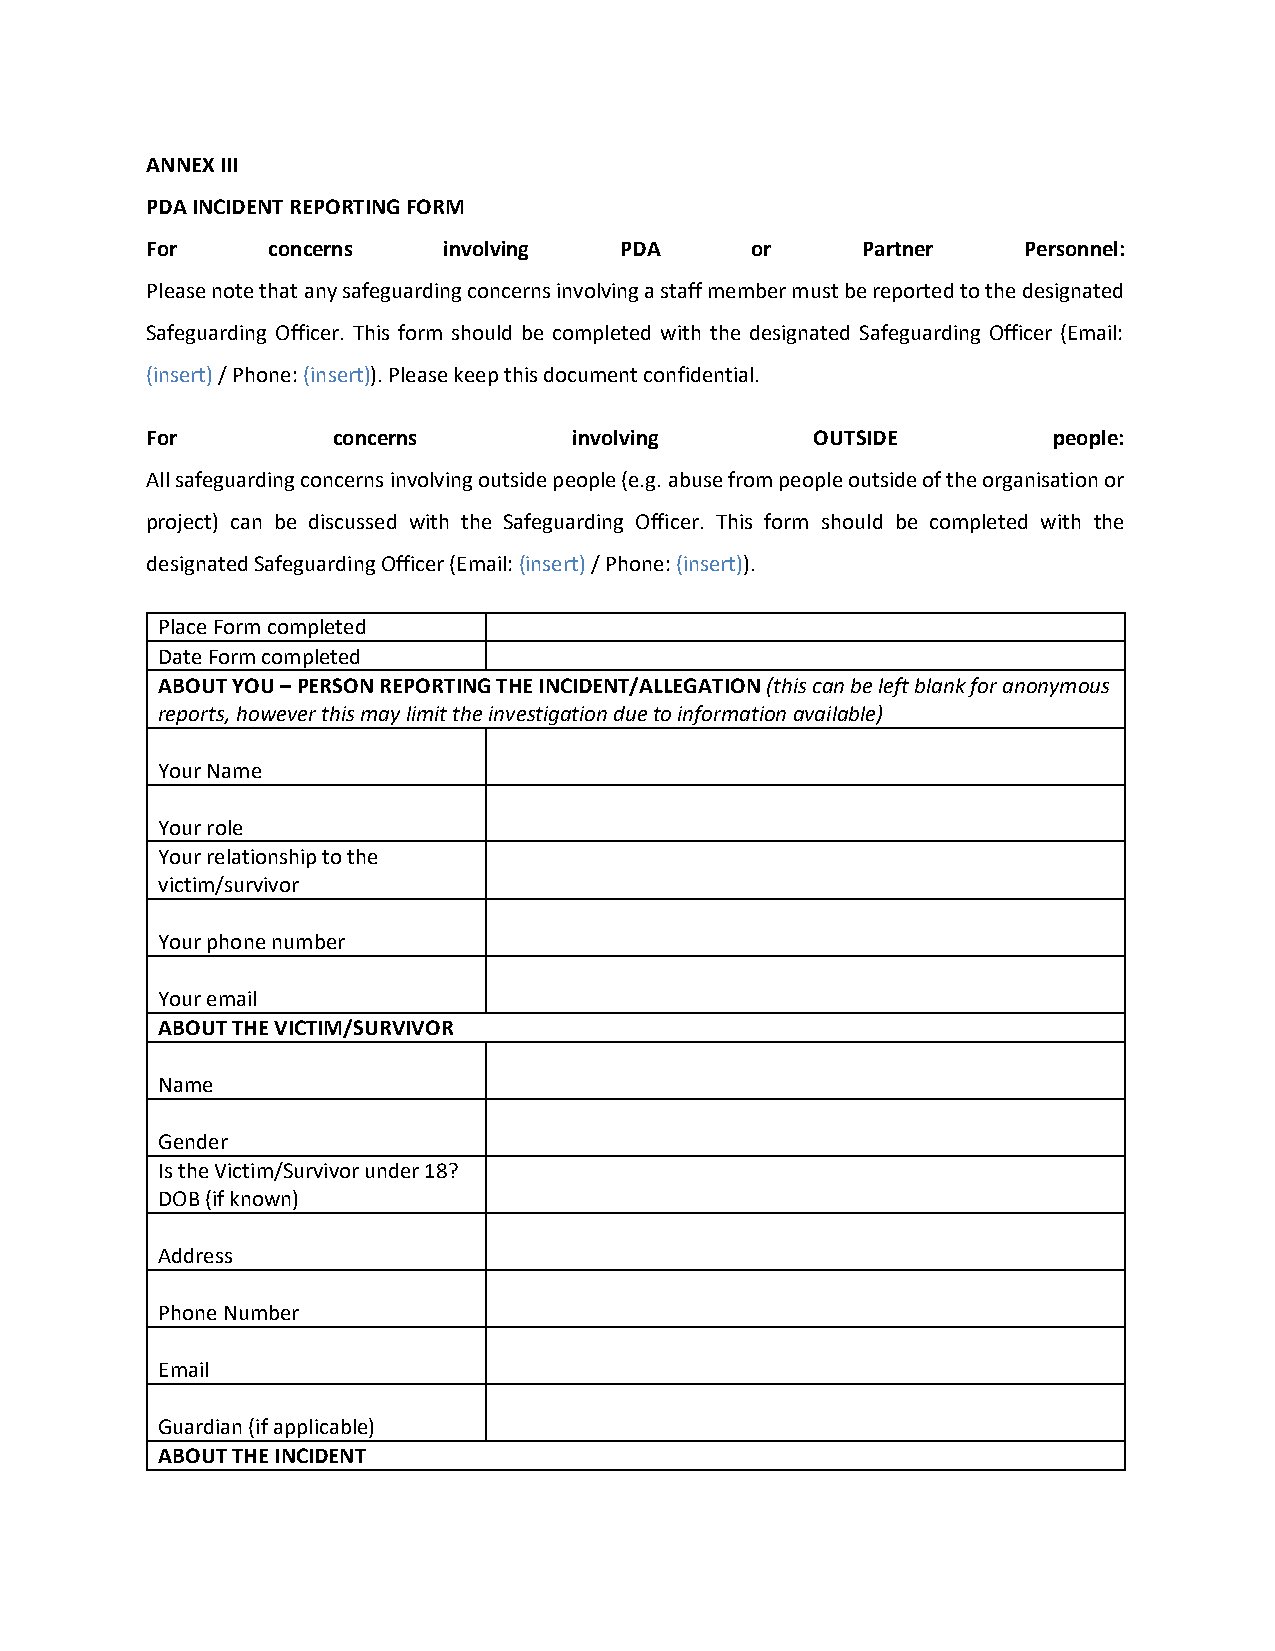
ANNEX III
 PDA INCIDENT REPORTING FORM
 For     concerns   involving   PDA      or     Partner    Personnel:
 Please note that any safeguarding concerns involving a staff member must be reported to the designated
 Safeguarding Officer. This form should be completed with the designated Safeguarding Officer (Email:
 (insert) / Phone: (insert)). Please keep this document confidential.
 For         concerns        involving       OUTSIDE         people:
 All safeguarding concerns involving outside people (e.g. abuse from people outside of the organisation or
 project) can be discussed with the Safeguarding Officer. This form should be completed with the
 designated Safeguarding Officer (Email: (insert) / Phone: (insert)).
 Place Form completed
 Date Form completed
 ABOUT YOU – PERSON REPORTING THE INCIDENT/ALLEGATION (this can be left blank for anonymous
 reports, however this may limit the investigation due to information available)
 Your Name
 Your role
 Your relationship to the
 victim/survivor
 Your phone number
 Your email
 ABOUT THE VICTIM/SURVIVOR
 Name
 Gender
 Is the Victim/Survivor under 18?
 DOB (if known)
 Address
 Phone Number
 Email
 Guardian (if applicable)
 ABOUT THE INCIDENT